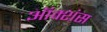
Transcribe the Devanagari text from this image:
ऑक्शंस